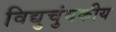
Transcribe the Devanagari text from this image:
विद्युचुंबकीय